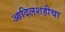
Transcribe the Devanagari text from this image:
आदिलशहीचा